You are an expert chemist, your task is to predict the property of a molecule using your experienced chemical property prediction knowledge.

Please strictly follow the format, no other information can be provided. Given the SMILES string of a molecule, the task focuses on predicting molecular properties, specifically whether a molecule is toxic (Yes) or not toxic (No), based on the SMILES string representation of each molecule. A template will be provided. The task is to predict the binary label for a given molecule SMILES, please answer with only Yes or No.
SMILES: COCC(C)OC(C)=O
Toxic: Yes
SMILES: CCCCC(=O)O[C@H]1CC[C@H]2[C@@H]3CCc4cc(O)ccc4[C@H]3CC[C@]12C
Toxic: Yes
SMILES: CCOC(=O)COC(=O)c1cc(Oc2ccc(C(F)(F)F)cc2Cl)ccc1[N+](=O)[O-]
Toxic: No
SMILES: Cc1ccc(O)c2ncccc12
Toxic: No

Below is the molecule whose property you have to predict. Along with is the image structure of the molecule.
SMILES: CC(O)[C@@H]1NC(=O)[C@H](CCCCN)NC(=O)[C@@H](Cc2c[nH]c3ccccc23)NC(=O)[C@H](Cc2ccccc2)NC(=O)[C@@H](NC(=O)[C@H](N)Cc2ccccc2)CSSC[C@@H](C(=O)N[C@H](CO)[C@@H](C)O)NC1=O
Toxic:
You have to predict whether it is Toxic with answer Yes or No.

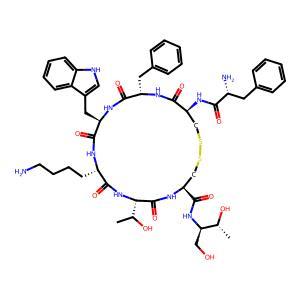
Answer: No